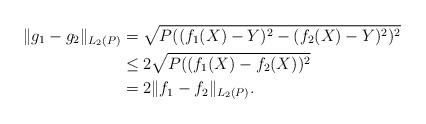
LaTeX: \begin{align*}\|g_1 - g_2\|_{L_{2}(P)} &= \sqrt{P((f_1(X) - Y)^2 - (f_2(X) - Y)^2)^2} \\&\le 2\sqrt{P((f_1(X) - f_2(X))^2} \\&= 2\|f_1 - f_2\|_{L_{2}(P)}.\end{align*}